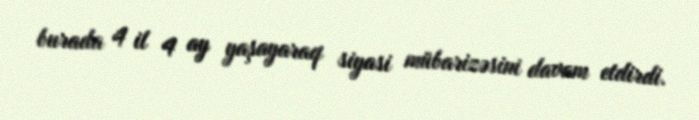
burada 4 il 4 ay yaşayaraq siyasi mübarizəsini davam etdirdi.